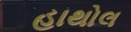
હાથોલ